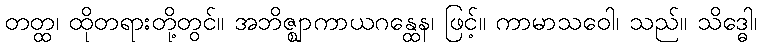
တတ္ထ၊ ထိုတရားတို့တွင်။ အဘိဇ္ဈာကာယဂန္ထေန၊ ဖြင့်။ ကာမာသဝေါ၊ သည်။ သိဒ္ဓေါ၊